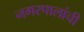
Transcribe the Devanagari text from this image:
नगरपालांची